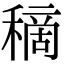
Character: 𥡦